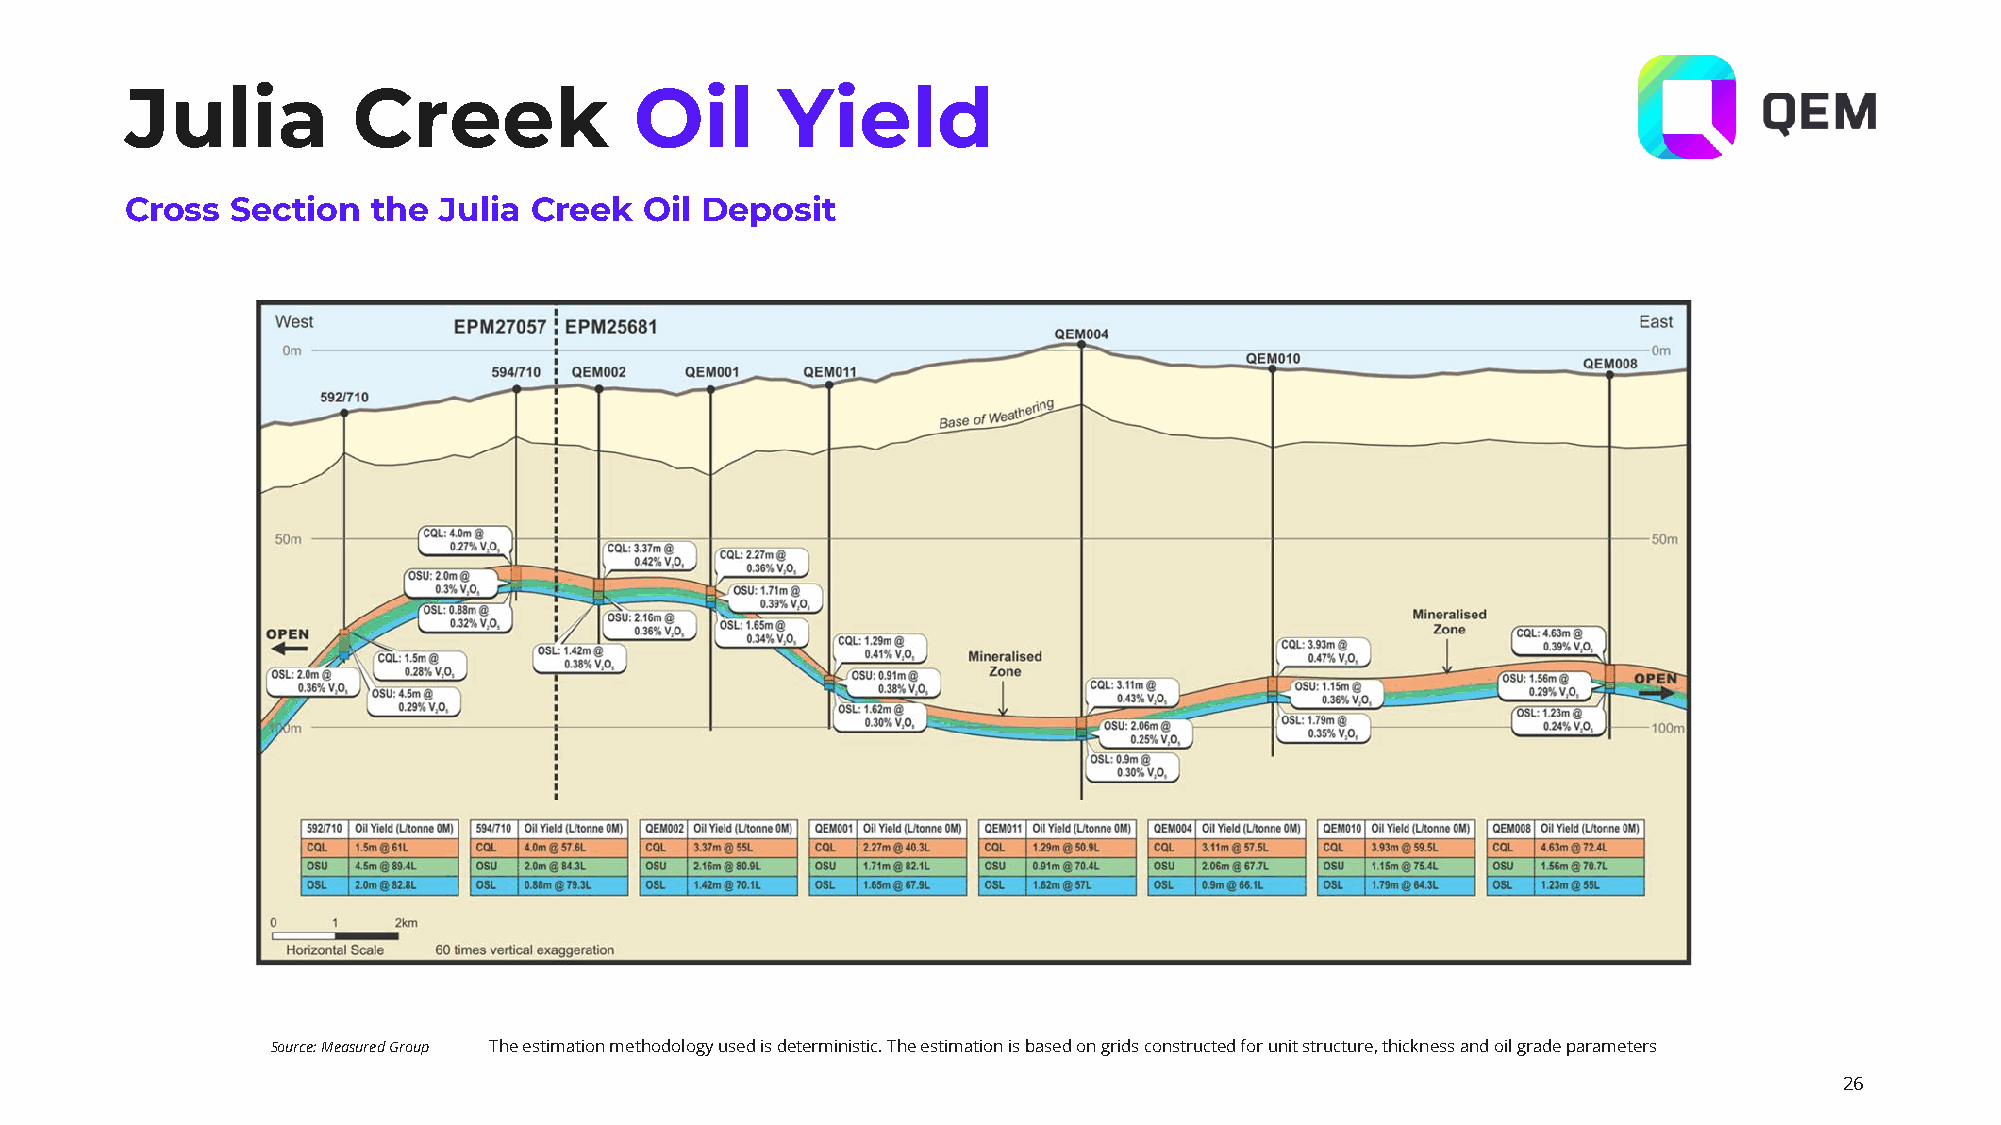
Julia          Creek              Oil      Yield
 Cross  Section   the Julia Creek   Oil Deposit
 Source: Measured Group The estimation methodology used is deterministic. The estimation is based on grids constructed for unit structure, thickness andoil grade parameters
 26